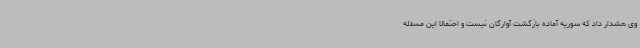
وی هشدار داد که سوریه آماده بازگشت آوارگان نیست و احتمالا این مسئله